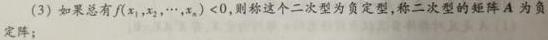
(3) 如果总有$f(x_1,x_2,\cdots,x_n)<0$，则称这个二次型为负定型，称二次型的矩阵$A$为负定矩阵。